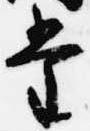
堂